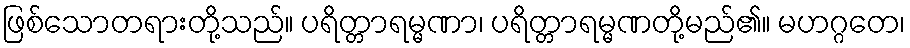
ဖြစ်သောတရားတို့သည်။ ပရိတ္တာရမ္မဏာ၊ ပရိတ္တာရမ္မဏတို့မည်၏။ မဟဂ္ဂတေ၊